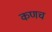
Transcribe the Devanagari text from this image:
कणच